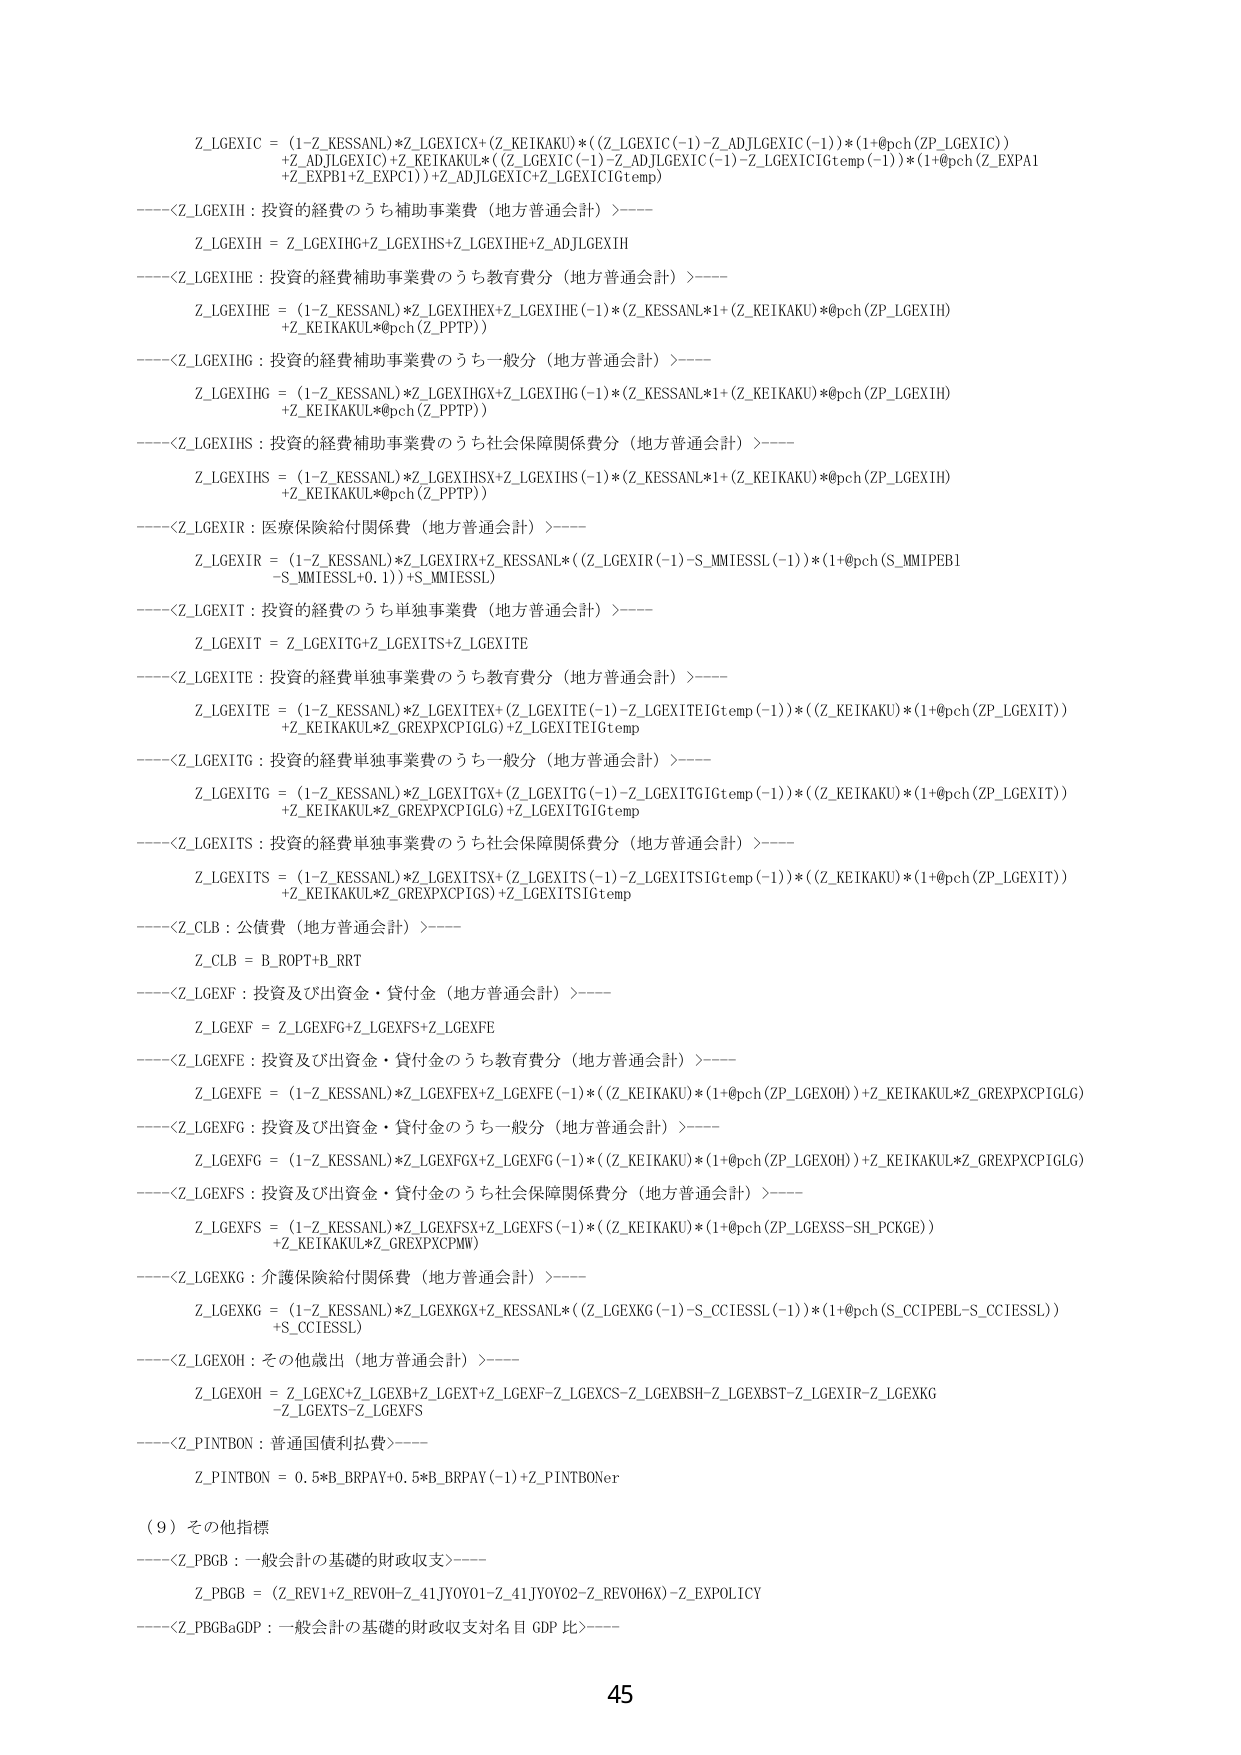
Z_LGEXIC = (1-Z_KESSANL)*Z_LGEXICX+(Z_KEIKAKU)*((Z_LGEXIC(-1)-Z_ADJLGEXIC(-1))*(1+@pch(ZP_LGEXIC)) +Z_ADJLGEXIC(-1)+Z_KEIKAKU*(Z_LGEXIC(-1)-Z_ADJLGEXIC(-1)-Z_LGEXIC1Gtemp(-1))*(1+@pch(Z_EXPA1 +Z_EXPB1+Z_EXPC1))+Z_ADJLGEXIC+Z_LGEXIC1Gtemp)

----<Z_LGEXIH : 投資の経費のうち補助事業費（地方普通会計）>----
Z_LGEXIH = Z_LGEXIHG+Z_LGEXIHS+Z_LGEXIHE+Z_ADJLGEXIH

----<Z_LGEXIHE : 投資の経費補助事業費のうち教育費分（地方普通会計）>----
Z_LGEXIHE = (1-Z_KESSANL)*Z_LGEXIHEX+Z_LGEXIHE(-1)*(Z_KESSANL*1+(Z_KEIKAKU)*@pch(ZP_LGEXIH) +Z_KEIKAKUL*@pch(Z_PPTP))

----<Z_LGEXIHG : 投資の経費補助事業費のうち一般分（地方普通会計）>----
Z_LGEXIHG = (1-Z_KESSANL)*Z_LGEXIHGX+Z_LGEXIHG(-1)*(Z_KESSANL*1+(Z_KEIKAKU)*@pch(ZP_LGEXIH) +Z_KEIKAKUL*@pch(Z_PPTP))

----<Z_LGEXIHS : 投資の経費補助事業費のうち社会保障関係費分（地方普通会計）>----
Z_LGEXIHS = (1-Z_KESSANL)*Z_LGEXIHSX+Z_LGEXIHS(-1)*(Z_KESSANL*1+(Z_KEIKAKU)*@pch(ZP_LGEXIH) +Z_KEIKAKUL*@pch(Z_PPTP))

----<Z_LGEXIR : 医療保険給付関係費（地方普通会計）>----
Z_LGEXIR = (1-Z_KESSANL)*Z_LGEXIRX+Z_KESSANL*((Z_LGEXIR(-1)-S_MMIESSL(-1))*(1+@pch(S_MMIPEB1 -S_MMIESSL+0.1))+S_MMIESSL)

----<Z_LGEXIT : 投資の経費のうち単独事業費（地方普通会計）>----
Z_LGEXIT = Z_LGEXITG+Z_LGEXITS+Z_LGEXITE

----<Z_LGEXITE : 投資の経費単独事業費のうち教育費分（地方普通会計）>----
Z_LGEXITE = (1-Z_KESSANL)*Z_LGEXITEX+(Z_LGEXITE(-1)-Z_LGEXITE1Gtemp(-1))*(Z_KEIKAKU)*(1+@pch(ZP_LGEXIT)) +Z_KEIKAKUL*Z_GREXPXCP1GLG)+Z_LGEXITE1Gtemp

----<Z_LGEXITG : 投資の経費単独事業費のうち一般分（地方普通会計）>----
Z_LGEXITG = (1-Z_KESSANL)*Z_LGEXITGX+(Z_LGEXITG(-1)-Z_LGEXITG1Gtemp(-1))*(Z_KEIKAKU)*(1+@pch(ZP_LGEXIT)) +Z_KEIKAKUL*Z_GREXPXCP1GLG)+Z_LGEXITG1Gtemp

----<Z_LGEXITS : 投資の経費単独事業費のうち社会保障関係費分（地方普通会計）>----
Z_LGEXITS = (1-Z_KESSANL)*Z_LGEXITSX+(Z_LGEXITS(-1)-Z_LGEXITS1Gtemp(-1))*(Z_KEIKAKU)*(1+@pch(ZP_LGEXIT)) +Z_KEIKAKUL*Z_GREXPXCP1GS)+Z_LGEXITS1Gtemp

----<Z_CLB : 公債費（地方普通会計）>----
Z_CLB = B_ROPT+B_RRT

----<Z_LGEXF : 投資及び出資金・貸付金（地方普通会計）>----
Z_LGEXF = Z_LGEXFG+Z_LGEXFS+Z_LGEXFE

----<Z_LGEXFE : 投資及び出資金・貸付金のうち教育費分（地方普通会計）>----
Z_LGEXFE = (1-Z_KESSANL)*Z_LGEXFEX+Z_LGEXFE(-1)*((Z_KEIKAKU)*(1+@pch(ZP_LGEXOH))+Z_KEIKAKUL*Z_GREXPXCP1GLG)

----<Z_LGEXFG : 投資及び出資金・貸付金のうち一般分（地方普通会計）>----
Z_LGEXFG = (1-Z_KESSANL)*Z_LGEXFGX+Z_LGEXFG(-1)*((Z_KEIKAKU)*(1+@pch(ZP_LGEXOH))+Z_KEIKAKUL*Z_GREXPXCP1GLG)

----<Z_LGEXFS : 投資及び出資金・貸付金のうち社会保障関係費分（地方普通会計）>----
Z_LGEXFS = (1-Z_KESSANL)*Z_LGEXFSX+Z_LGEXFS(-1)*((Z_KEIKAKU)*(1+@pch(ZP_LGEXSS-SH_PCKGE)) +Z_KEIKAKUL*Z_GREXPXCPMW)

----<Z_LGEXKG : 介護保険給付関係費（地方普通会計）>----
Z_LGEXKG = (1-Z_KESSANL)*Z_LGEXKGX+Z_KESSANL*((Z_LGEXKG(-1)-S_CCIESSL(-1))*(1+@pch(S_CCIPEBL-S_CCIESSL)) +S_CCIESSL)

----<Z_LGEXOH : その他歳出（地方普通会計）>----
Z_LGEXOH = Z_LGEXC+Z_LGEXB+Z_LGEXT+Z_LGEXF-Z_LGEXCS-Z_LGEXBSH-Z_LGEXBST-Z_LGEXIR-Z_LGEXKG -Z_LGEXTS-Z_LGEXFS

----<Z_PINTBON : 普通国債利払費>----
Z_PINTBON = 0.5*B_BRPAY+0.5*B_BRPAY(-1)+Z_PINTBONer

（9）その他指標
----<Z_PBGB : 一般会計の基礎的財政収支>----
Z_PBGB = (Z_REV1+Z_REVOH-Z_41JYOY01-Z_41JYOY02-Z_REVOH6X)-Z_EXPOLICY

----<Z_PBGBaGDP : 一般会計の基礎的財政収支対名目 GDP 比>----

45